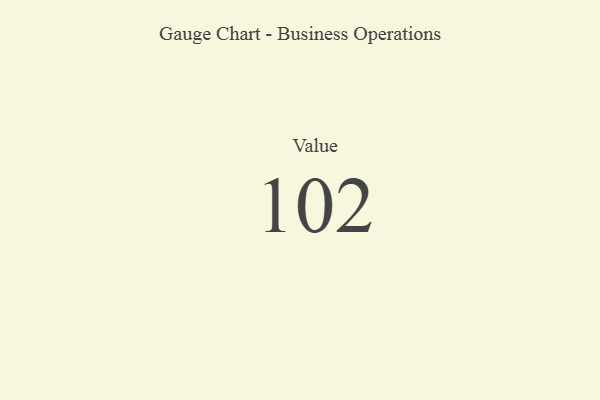
{"axis": {"x": "Metric", "y": "Value"}, "legend": [""], "data": [{"x": "Value", "y": 102, "type": ""}]}